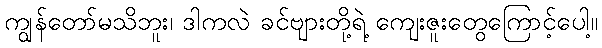
ကျွန်တော်မသိဘူး၊ ဒါကလဲ ခင်ဗျားတို့ရဲ့ ကျေးဇူးတွေကြောင့်ပေါ့။